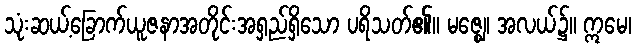
သုံးဆယ့်ခြောက်ယူဇနာအတိုင်းအရှည်ရှိသော ပရိသတ်၏။ မဇ္ဈေ၊ အလယ်၌။ ဣမေ၊